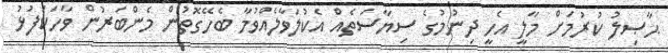
ޙާޞިލު ކުރުމަށް މާލީ އެހީ ދިނުމުގެ ސިޔާސަތެއް އެކުލަވާލެއްވުމާ ބެހޭގޮތުން މެންބަރުން ވާހަކަފުޅު